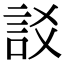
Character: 訤